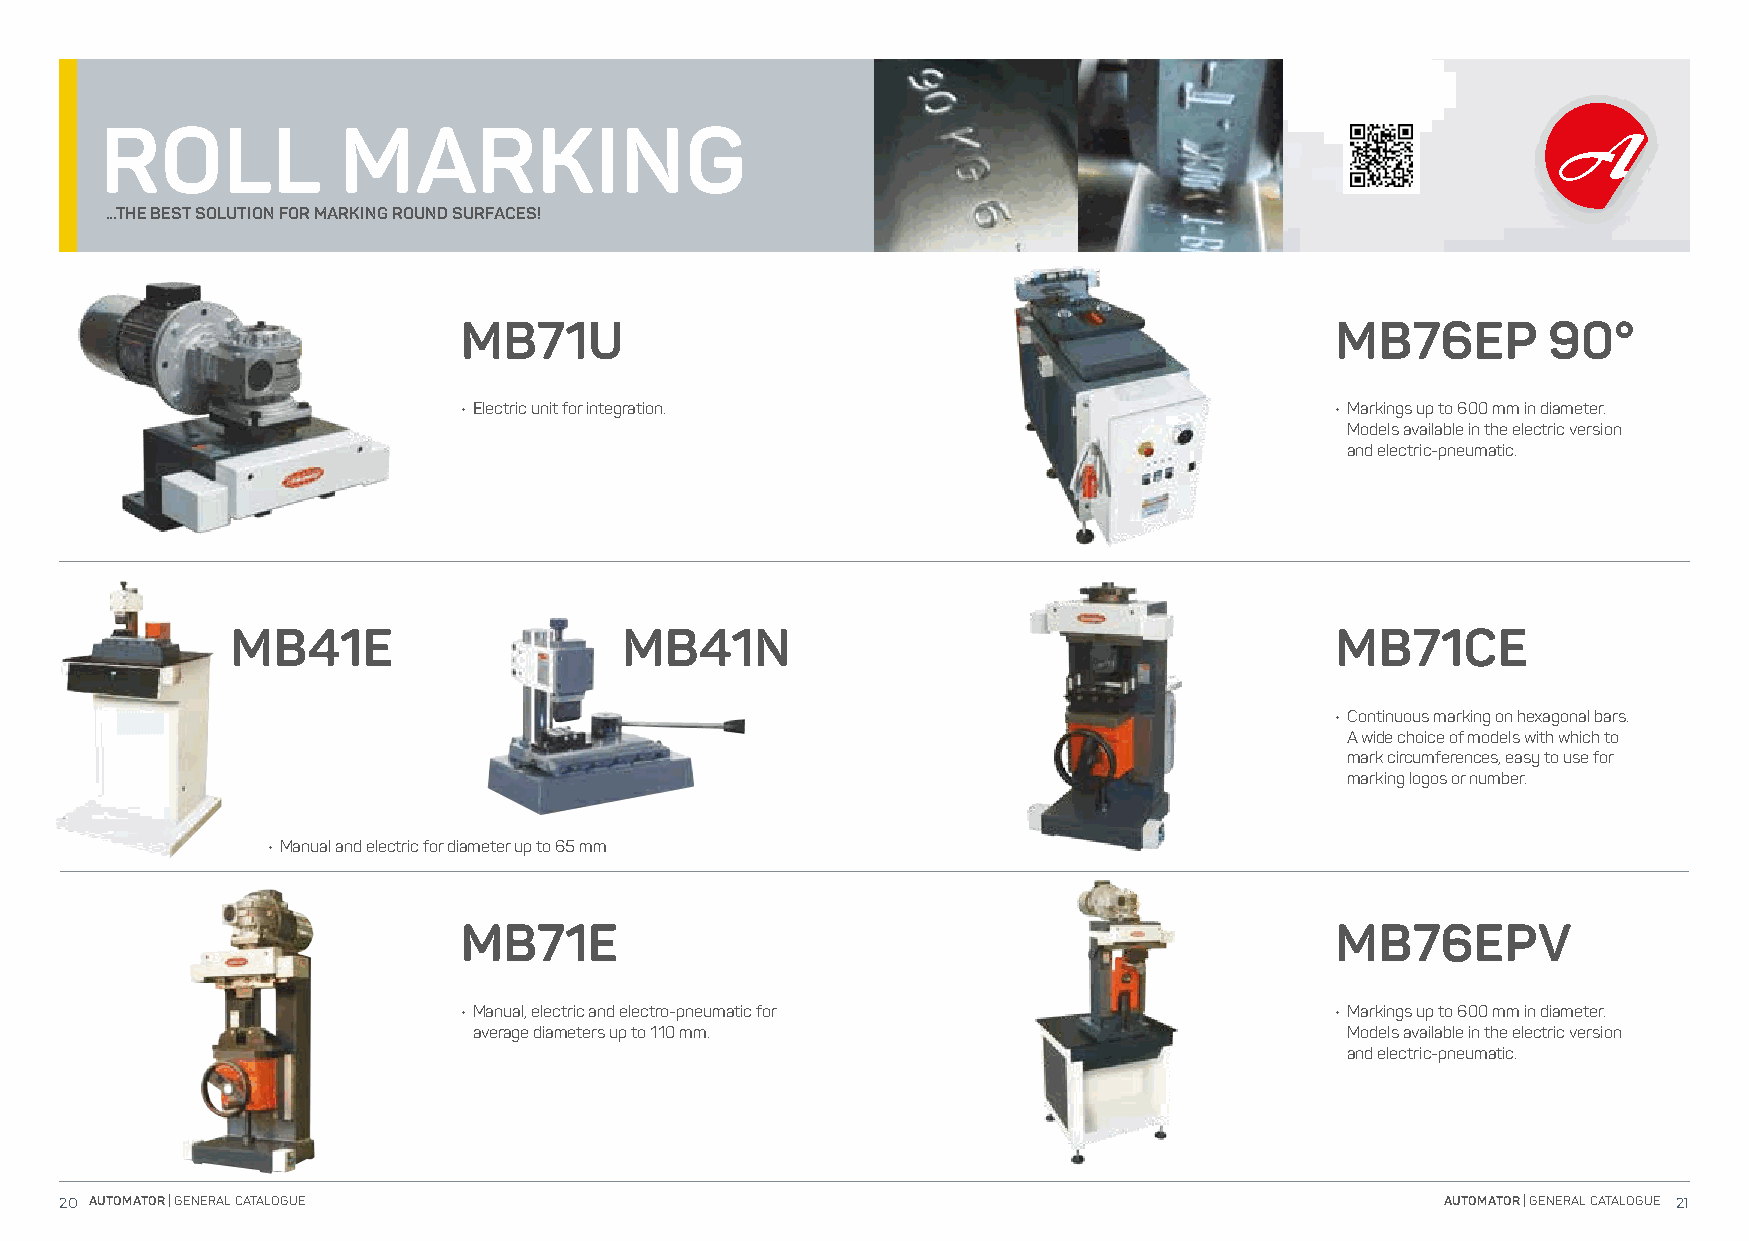
ROLL           MARKING
 ...THE BEST SOLUTION FOR MARKING ROUND SURFACES!
 MB71U                                                     MB76EP        90°
 • Electric unit for integration.                          • Markings up to 600 mm in diameter.
 Models available in the electric version
 and electric-pneumatic.
 MB41E                     MB41N                                          MB71CE
 • Continuous marking on hexagonal bars.
 A wide choice of models with which to
 mark circumferences, easy to use for
 marking logos or number.
 • Manual and electric for diameter up to 65 mm
 MB71E                                                     MB76EPV
 • Manual, electric and electro-pneumatic for              • Markings up to 600 mm in diameter.
 average diameters up to 110 mm.                           Models available in the electric version
 and electric-pneumatic.
 20 AUTOMATOR | GENERAL CATALOGUE                                                            AUTOMATOR | GENERAL CATALOGUE 21